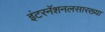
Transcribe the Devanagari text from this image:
इंटरनॅशनलसारख्या